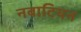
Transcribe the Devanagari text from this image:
नबाटियन